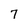
Character: 7